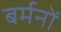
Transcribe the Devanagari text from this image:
बर्मनों